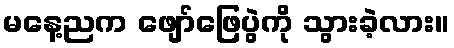
မနေ့ညက ဖျော်ဖြေပွဲကို သွားခဲ့လား။